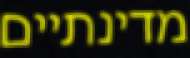
מדינתיים